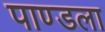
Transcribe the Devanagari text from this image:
पाण्डला